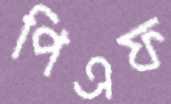
পিএফ